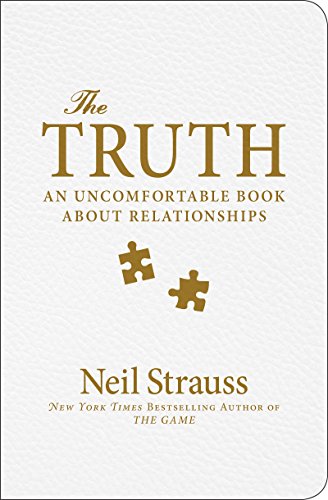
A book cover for The Truth: An Uncomfortable Book About Relationships; Neil Strauss; Self-Help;